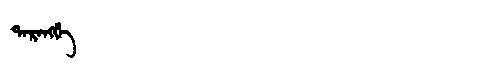
Manchu: ᡨᠠᡵᠠᠩᡤᡝ
Romanization: TARANGGE